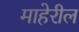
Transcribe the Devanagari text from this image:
माहेरील